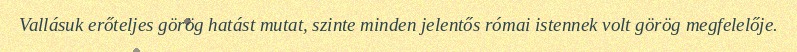
Vallásuk erőteljes görög hatást mutat, szinte minden jelentős római istennek volt görög megfelelője.